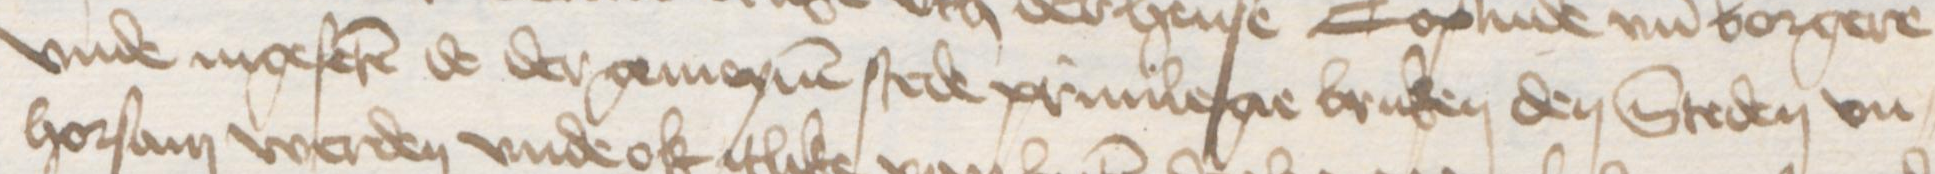
vnde ingeferen de der gemeynen stede priuilegie bruken den Steden vn¬